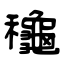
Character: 龝